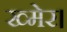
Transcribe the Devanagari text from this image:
ख्मेर।